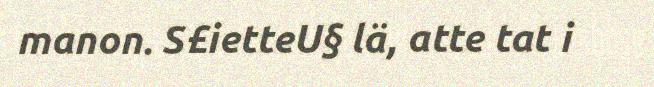
manon. S£ietteU§ lä, atte tat i